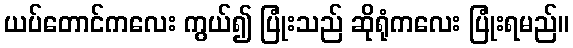
ယပ်တောင်ကလေး ကွယ်၍ ပြုံးသည် ဆိုရုံကလေး ပြုံးရမည်။